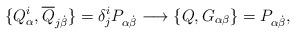
LaTeX: \begin{align*}\{Q^i_\alpha, \overline Q_{j\dot\beta} \} = \delta^i_j P_{\alpha\dot\beta}\longrightarrow\{ Q , G_{\alpha\beta} \} = P_{\alpha\dot\beta},\end{align*}